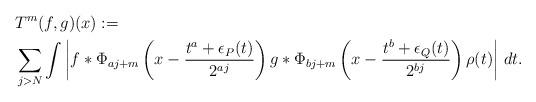
LaTeX: \begin{align*}&T^m(f,g)(x):= \\&\sum_{j>N}\int\left|f*\Phi_{aj+m}\left(x-\frac{t^a+\epsilon_P(t)}{2^{aj}}\right)g*\Phi_{bj+m}\left(x-\frac{t^b+\epsilon_Q(t)}{2^{bj}}\right)\rho(t)\right| \,dt.\end{align*}